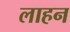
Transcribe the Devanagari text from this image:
लाहन